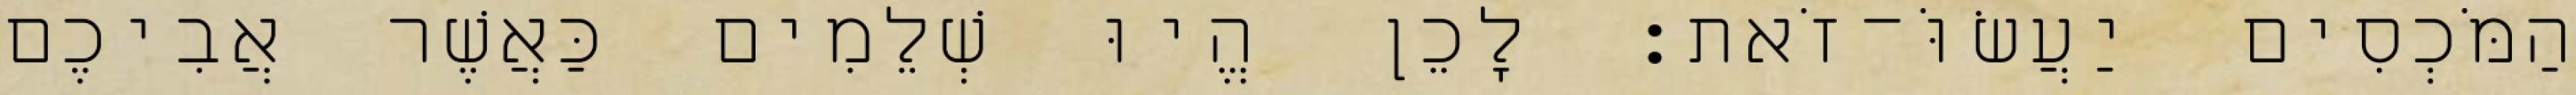
הַמֹּכְסִים יַעֲשׂוֹּ־זֹאת׃ לָכֵן הֱיוּ שְׁלֵמִים כַּאֲשֶׁר אֲבִיכֶם